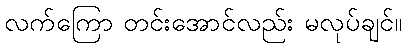
လက်ကြော တင်းအောင်လည်း မလုပ်ချင်။